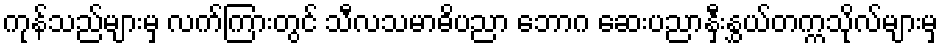
ကုန်သည်များမှ လက်ကြားတွင် သီလသမာဓိပညာ ဘောဂ ဆေးပညာနှီးနွှယ်တက္ကသိုလ်များမှ